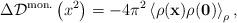
LaTeX: \begin{align*}\Delta{\cal D}^{\rm mon.}\left(x^2\right)=-4\pi^2\left<\rho({\bf x})\rho({\bf 0})\right>_\rho,\end{align*}